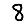
Digit: 8